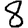
Digit: 8